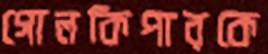
গোলকিপারকে